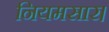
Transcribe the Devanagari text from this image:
नियमसार।